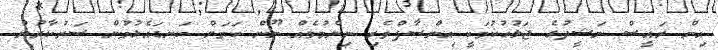
އިން ރައީސް ނަޝީދުގެ ޖަލުހުކުމަކީ އިންސާފްވެރި ނިންމުމެއް ނޫން ކަމަށް ކަނޑައެޅުމުން ސަރުކާރުން